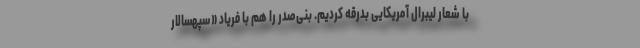
با شعار لیبرال آمریکایی بدرقه کردیم. بنی‌صدر را هم با فریاد «سپهسالار